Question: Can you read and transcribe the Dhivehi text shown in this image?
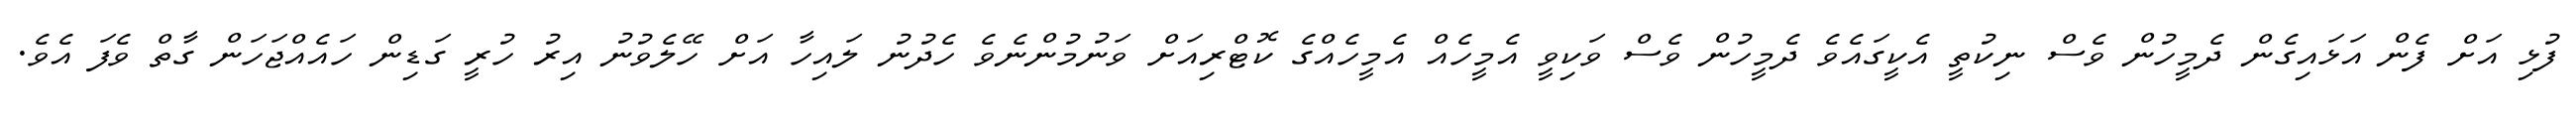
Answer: ފުޅި އަށް ފެން އަޅައިގެން ދެމީހުން ވެސް ނިކުތީ އެކީގައެވެ ދެމީހުން ވެސް ވަކިވީ އެމީހެއް އެމީހެއްގެ ކޮޓްރިއަށް ވަނުމުންނެވެ ހެދުނު ލައިހާ އަށް ހޭލެވުނު އިރު ހުރީ ގަޑިން ހައެއްޖަހަން ގާތް ވެފަ އެވެ.